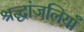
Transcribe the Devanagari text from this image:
श्रद्धांजलियाँ